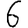
Digit: 6